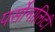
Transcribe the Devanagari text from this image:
पर्सोनालिटी